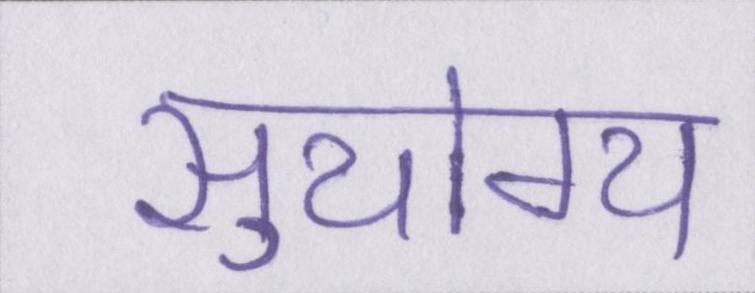
सुयोग्य